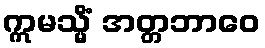
ဣမသ္မိံ အတ္တဘာဝေ